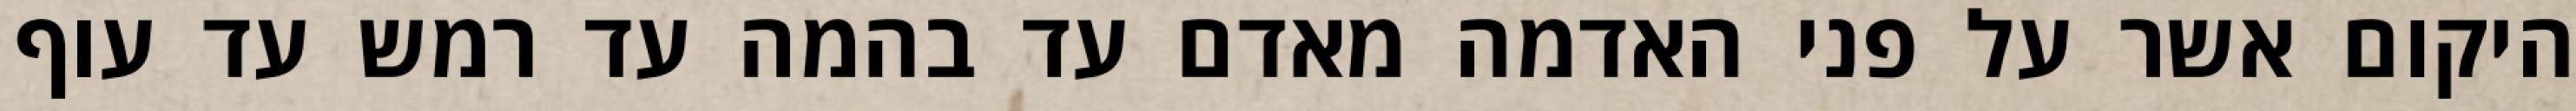
היקום אשר על פני האדמה מאדם עד בהמה עד רמש עד עוף